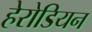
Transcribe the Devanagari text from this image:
हेरोडियन